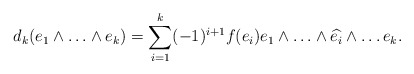
\begin{align*}d_k(e_1\wedge \ldots \wedge e_k)=\sum^{k}_{i=1} (-1)^{i+1} f(e_i) e_1 \wedge \ldots \wedge \widehat{e_i} \wedge \ldots e_k.\end{align*}